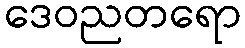
ဒေဝညတရော